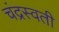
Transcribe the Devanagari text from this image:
चंद्रस्वती